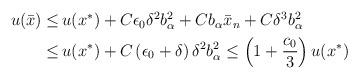
LaTeX: \begin{align*}\begin{aligned}u (\bar{x}) \leq \,& u (x^*) +C\epsilon_0\delta^2b_{\alpha}^2+ Cb_{\alpha}\bar{x}_n + C \delta^3 b_\alpha^2\\\leq \,& u (x^*) + C \left(\epsilon_0 + \delta\right) \delta^2 b_\alpha^2 \leq \left(1+\frac{c_0}{3}\right) u (x^*)\end{aligned}\end{align*}